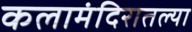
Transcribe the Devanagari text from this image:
कलामंदिरातल्या